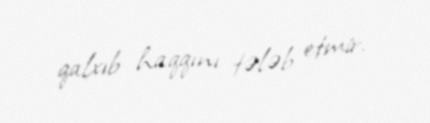
qalxıb haqqını tələb etmir.